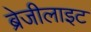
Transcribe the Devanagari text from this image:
ब्रेजीलाइट